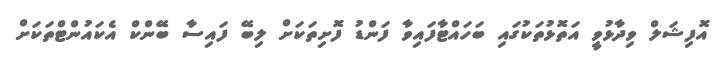
އޮފިޝަލް ވިދާޅުވީ އަތޮޅުތަކުގައި ބަހައްޓާފައިވާ ފަންޑު ފޮށިތަކަށް ލިބޭ ފައިސާ ބޭންކް އެކައުންޓްތަކަށް